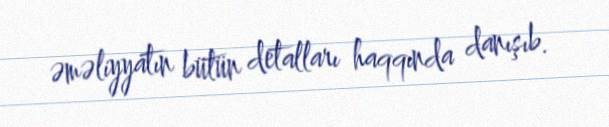
əməliyyatın bütün detalları haqqında danışıb.